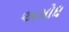
અમોધ